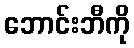
ဘောင်းဘီကို